Vaccination in Bombay 1874-1876 - 1874-1876
Year: 1874
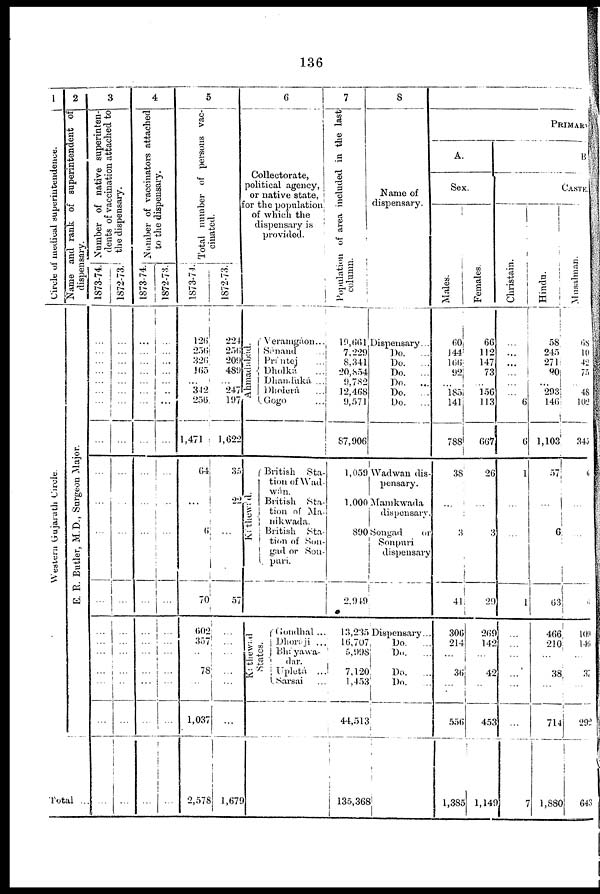
136
1
Circle of medical
superintendence.
Western Gujarath Circle.
2
Name and rank of superintendent of
dispensary.
E. R. Butler, M.D., Surgeon Major.
Total ...
3
Number of native superinten-
dents of vaccination attached to
the dispensary.
1873-74.
...
...
...
...
...
...
...
...
...
...
...
...
...
...
...
...
...
...
...
1872-73.
...
...
...
...
...
...
...
...
...
...
...
...
...
...
...
...
...
...
...
4
Number of vaccinators attached
to the dispensary.
1873-74.
...
...
...
...
...
...
...
...
...
...
...
...
...
...
...
...
...
...
...
1872-73.
...
...
...
...
...
...
...
...
...
...
...
...
...
... ...
...
...
...
...
5
Total number of persons vac-
cinated.
1873-74.
126
256
326
165
...
342
256
1,471
64
...
6
70
602
357
...
78
...
1,037
2,578
1872-73.
224
256
209
489
...
247
197
1,622
35
22
...
57
...
...
...
...
...
...
1,679
6
Collectorate,
political agency,
or native state,
for the population
of which the
dispensary is
provided.
Ahmadabad.
Káthewád.
Káthewad
States.
Veramgáon...
Sànand
...
Prántej
...
Dholká
...
Dhanduká ...
Dholerá
...
Gogo
...
British
Sta-
tion of Wad-
wán.
British
Sta-
tion of Ma-
nikwada.
British
Sta-
tion of Son-
gad or Son-
puri.
Gondhal ...
Dhoraji ...
Bháyawa-
dar.
Upletá
...
Sarsai ...
7
Population of area included in the last
column.
19,661
7,229
8,341
20,854
9,782
12,468
9,571
87,906
1,059
1,000
890
2,949
13,235
16,707
5,998
7,120
1,453
44,513
135,368
8
Name of
dispensary.
Dispensary...
Do.
...
Do.
...
Do.
...
Do.
...
Do.
...
Do.
...
Wadwan dis-
pensary.
Manikwada
dispensary.
Songad
or
Sonpuri
dispensary
Dispensary...
Do.
...
Do.
...
Do.
...
Do. ...
PRIMARY
A.
Sex.
Males.
60
144
166
92
...
185
141
788
38
...
3
41
306
214
...
36
...
556
1,385
Females.
66
112
147
73
...
156
113
667
26
...
3
29
269
142
...
42
...
453
1,149
B.
CASTE.
Christain.
...
...
...
...
...
...
6
6
1
...
...
1
...
...
...
...
...
...
7
Hindu.
58
245
271
80
...
293
140
1,103
57
...
6
63
466
210
...
38
...
714
1,880
Musalman.
68
10
42
75
...
48
102
345
6
...
...
6
109
146
...
37
...
292
643